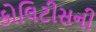
કોલિટીસની